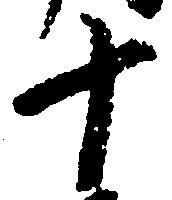
十